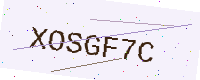
Text: XOSGF7C